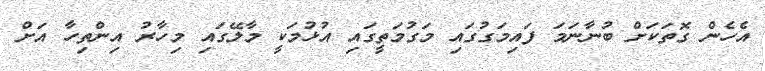
އެހެން ގޮތަކަށް ބުނާނަމަ ފައިމަގުގައި މަގުމަތީގައި އުޅުމަކީ މާލޭގައި މިހާރު އިންތިހާ އަށް